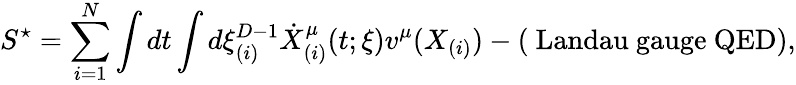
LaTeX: S^{\star}=\sum_{i=1}^{N}\int dt\int d\xi_{(i)}^{D-1}\dot{X}_{(i)}^{\mu}(t;\xi)v^{\mu}(X_{(i)})-(\mathrm{~Landau~gauge~QED}),